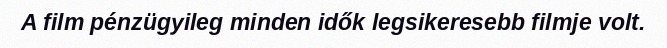
A film pénzügyileg minden idők legsikeresebb filmje volt.